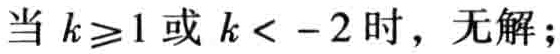
当 \(k\geqslant1\) 或 \(k < - 2\) 时，无解；